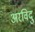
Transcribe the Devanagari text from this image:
अरविदु